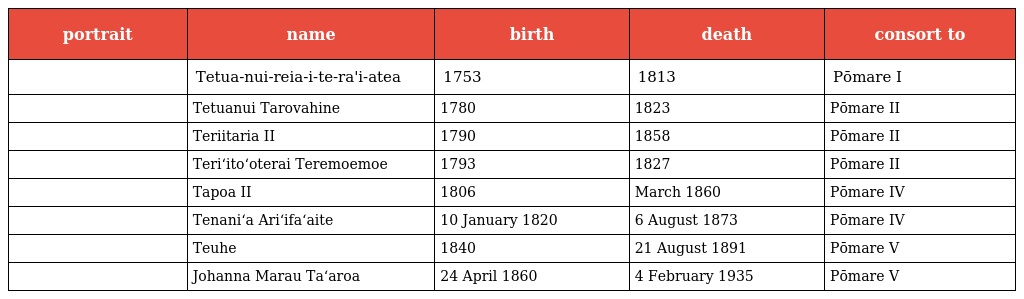
| portrait | name | birth | death | consort to |
 | --- | --- | --- | --- | --- |
 |  | Tetua-nui-reia-i-te-ra'i-atea | 1753 | 1813 | Pōmare I |
 |  | Tetuanui Tarovahine | 1780 | 1823 | Pōmare II |
 |  | Teriitaria II | 1790 | 1858 | Pōmare II |
 |  | Teriʻitoʻoterai Teremoemoe | 1793 | 1827 | Pōmare II |
 |  | Tapoa II | 1806 | March 1860 | Pōmare IV |
 |  | Tenaniʻa Ariʻifaʻaite | 10 January 1820 | 6 August 1873 | Pōmare IV |
 |  | Teuhe | 1840 | 21 August 1891 | Pōmare V |
 |  | Johanna Marau Ta‘aroa | 24 April 1860 | 4 February 1935 | Pōmare V |